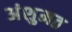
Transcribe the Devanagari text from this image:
अंशुमत